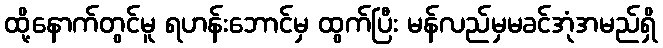
ထို့နောက်တွင်မူ ရဟန်းဘောင်မှ ထွက်ပြီး မန်လည်မှမခင်အုံအမည်ရှိ